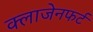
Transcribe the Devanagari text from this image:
क्लाजेनफर्ट